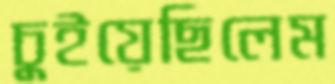
চুইয়েছিলেম